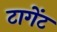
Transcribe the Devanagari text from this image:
टागेंट